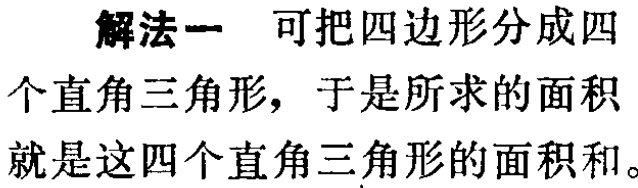
解法一 可把四边形分成四个直角三角形，于是所求的面积就是这四个直角三角形的面积和。